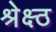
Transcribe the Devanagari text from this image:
श्रेक्ष्ठ